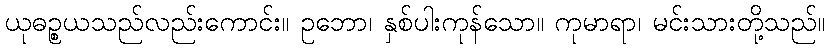
ယုဓဉ္စယသည်လည်းကောင်း။ ဥဘော၊ နှစ်ပါးကုန်သော။ ကုမာရာ၊ မင်းသားတို့သည်။